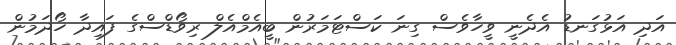
އަދި އަޅުގަނޑު އެދެނީ ވީހާވެސް ގިނަ ކަސްޓަމަރުން ބީއެމްއެލް ރިވޯޑްސްގެ ފައިދާ ހޯދަމުން